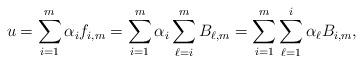
LaTeX: \begin{align*}u = \sum_{i=1}^m \alpha_i f_{i,m} = \sum_{i=1}^m \alpha_i \sum_{\ell=i}^m B_{\ell,m} = \sum_{i=1}^m \sum_{\ell=1}^i \alpha_\ell B_{i,m},\end{align*}